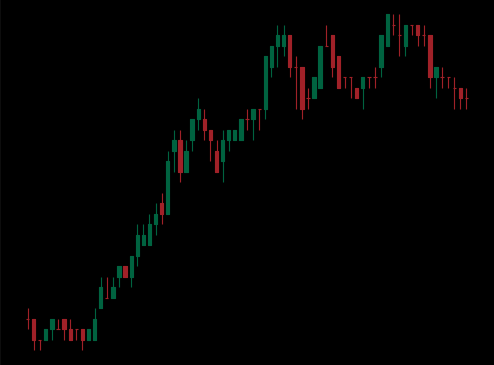
Pattern: bear_flag